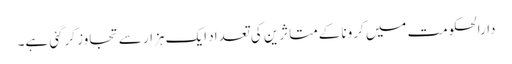
دارالحکومت میں کرونا کےمتاثرین کی تعداد ایک ہزار سے تجاوز کرگئی ہے۔